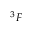
^ 3 F